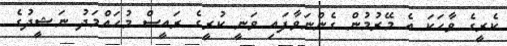
ކެރީގެ ވާހަކަ އެ މޭރުމުން ގެންނަވާފައި ވަނީ ކުރީގެ ރައީސް މުހައްމަދު ނަޝީދުގެ